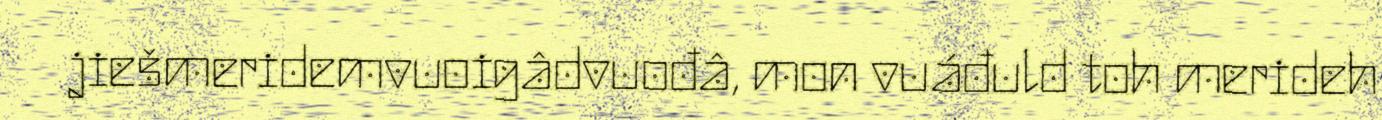
jiešmeridemvuoigâdvuođâ, mon vuáđuld toh merideh